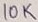
Text: 10K